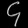
Digit: ၄